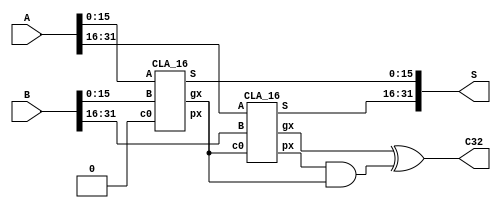
module adder32(A,
               B,
               S,
               C32);
    input [31:0] A;
    input [31:0] B;
    output [31:0] S;
    output C32;
    
    wire px1,gx1,px2,gx2;
    wire c16;
    wire zero;
    assign zero=1'b0;
    
    CLA_16 CLA1(
    .A(A[15:0]),
    .B(B[15:0]),
    .c0(zero),
    .S(S[15:0]),
    .px(px1),
    .gx(gx1)
    );
    
    CLA_16 CLA2(
    .A(A[31:16]),
    .B(B[31:16]),
    .c0(c16),
    .S(S[31:16]),
    .px(px2),
    .gx(gx2)
    );
    xor (c16,gx1,0);
    wire px2c16;
    and (px2c16,px2,c16);
    xor (C32,gx2,px2c16);
    
    
endmodule
    
    
module adder(X,
	Y,
	Cin,
	F,
	Cout);
	
	input X,Y,Cin;
	output F,Cout;
	xor (F,X,Y,Cin);
	wire XxorY,XxorYandCin,XY;
	xor (XxorY,X,Y);
	and (XxorYandCin,XxorY,Cin);
	and (XY,X,Y);
	or (Cout,XxorYandCin,XY);
	
endmodule

module CLA(c0,c1,c2,c3,c4,p1,p2,p3,p4,g1,g2,g3,g4);
	
	input c0,g1,g2,g3,g4,p1,p2,p3,p4;
	output c1,c2,c3,c4;
	wire p1c0,p2g1,p2p1c0,p3g2,p3p2g1,p3p2p1c0,p4g3,p4p3g2,p4p3p2g1,p4p3p2p1c0;
	and(p1c0,p1,c0),
	(p2g1,p2,g1),
	(p2p1c0,p2,p1c0),
	(p3g2,p3,g2),
	(p3p2g1,p3,p2g1),
	(p3p2p1c0,p3,p2p1c0),
	(p4g3,p4,g3),
	(p4p3g2,p4,p3g2),
	(p4p3p2g1,p4,p3p2g1);
	xor (c1,g1,p1c0),
	(c2,g2,p2g1,p2p1c0),
	(c3,g3,p3g2,p3p2g1,p3p2p1c0),
	(c4,g4,p4g3,p4p3g2,p4p3p2g1);
	
endmodule
	
module adder_4(x,y,c0,c4,F,Gm,Pm);
	input [3:0] x;
	input [3:0] y;
	input c0;
	output c4,Gm,Pm;
	output [3:0] F;
	
	wire p1,p2,p3,p4,g1,g2,g3,g4;
	wire c1,c2,c3;
	adder adder1(
	.X(x[0]),
	.Y(y[0]),
	.Cin(c0),
	.F(F[0]),
	.Cout()
	);
	
	adder adder2(
	.X(x[1]),
	.Y(y[1]),
	.Cin(c1),
	.F(F[1]),
	.Cout()
	);
	
	adder adder3(
	.X(x[2]),
	.Y(y[2]),
	.Cin(c2),
	.F(F[2]),
	.Cout()
	);
	
	adder adder4(
	.X(x[3]),
	.Y(y[3]),
	.Cin(c3),
	.F(F[3]),
	.Cout()
	);
	
	CLA CLA(
	.c0(c0),
	.c1(c1),
	.c2(c2),
	.c3(c3),
	.c4(c4),
	.p1(p1),
	.p2(p2),
	.p3(p3),
	.p4(p4),
	.g1(g1),
	.g2(g2),
	.g3(g3),
	.g4(g4)
	);
	
	xor (p1,x[0],y[0]),
	(p2,x[1],y[1]),
	(p3,x[2],y[2]),
	(p4,x[3],y[3]);
	
	and (g1,x[0],y[0]),
	(g2,x[1],y[1]),
	(g3,x[2],y[2]),
	(g4,x[3],y[3]);
	
	wire p4g3,p4p3g2,p4p3p2g1;
	and(Pm,p1,p2,p3,p4),
	(p4g3,p4,g3),
	(p4p3g2,p4,p3,g2),
	(p4p3p2g1,p4,p3,p2,g1);
	xor (Gm,g4,p4g3,p4p3g2,p4p3p2g1);
	
	
endmodule
	
module CLA_16(A,B,c0,S,px,gx);
	input [15:0] A;
	input [15:0] B;
	input c0;
	output gx,px;
	output [15:0] S;
	
	wire c4,c8,c12;
	wire Pm1,Gm1,Pm2,Gm2,Pm3,Gm3,Pm4,Gm4;
	
	adder_4 adder1(
	.x(A[3:0]),
	.y(B[3:0]),
	.c0(c0),
	.c4(),
	.F(S[3:0]),
	.Gm(Gm1),
	.Pm(Pm1)
	);
	
	adder_4 adder2(
	.x(A[7:4]),
	.y(B[7:4]),
	.c0(c4),
	.c4(),
	.F(S[7:4]),
	.Gm(Gm2),
	.Pm(Pm2)
	);
	
	adder_4 adder3(
	.x(A[11:8]),
	.y(B[11:8]),
	.c0(c8),
	.c4(),
	.F(S[11:8]),
	.Gm(Gm3),
	.Pm(Pm3)
	);
	
	adder_4 adder4(
	.x(A[15:12]),
	.y(B[15:12]),
	.c0(c12),
	.c4(),
	.F(S[15:12]),
	.Gm(Gm4),
	.Pm(Pm4)
	);
	wire Pm1c0,Pm2Gm1,Pm2Pm1c0,Pm3Gm2,Pm3Pm2Gm1,Pm3Pm2Pm1c0;
	and (Pm1c0,Pm1,c0),
	(Pm2Gm1,Pm2,Gm1),
	(Pm2Pm1c0,Pm2,Pm1,c0),
	(Pm3Gm2,Pm3,Gm2),
	(Pm3Pm2Gm1,Pm3,Pm2,Gm1),
	(Pm3Pm2Pm1c0,Pm3,Pm2,Pm1,c0);
	xor (c4,Gm1,Pm1c0),
	(c8,Gm2,Pm2Gm1,Pm2Pm1c0),
	(c12,Gm3,Pm3Gm2,Pm3Pm2Gm1,Pm3Pm2Pm1c0);
	
	wire Pm4Gm3,Pm4Pm3Gm2,Pm4Pm3Pm2Gm1;
	and (px,Pm1,Pm2,Pm3,Pm4),
	(Pm4Gm3,Pm4,Gm3),
	(Pm4Pm3Gm2,Pm4,Pm3,Gm2),
	(Pm4Pm3Pm2Gm1,Pm4,Pm3,Pm2,Gm1);
	xor (gx,Gm4,Pm4Gm3,Pm4Pm3Gm2,Pm4Pm3Pm2Gm1);
	
endmodule